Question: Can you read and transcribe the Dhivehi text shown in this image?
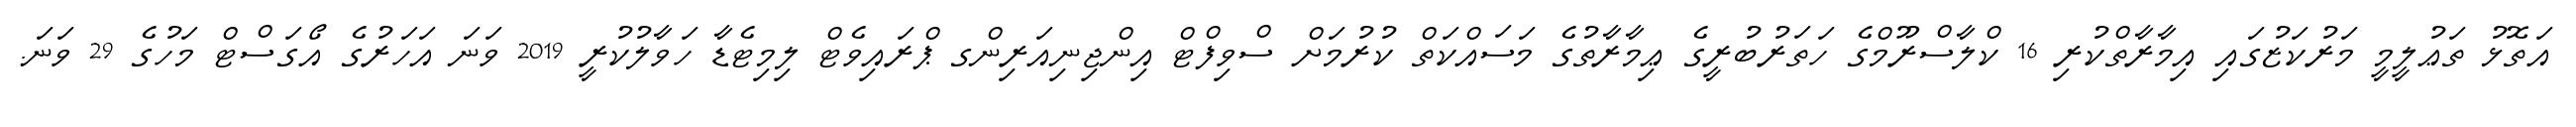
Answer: އަތޮޅު ތަޢުލީމީ މަރުކަޒުގައި އިމާރާތްކުރި 16 ކްލާސްރޫމްގެ ހަތަރުބުރީގެ ޢިމާރާތުގެ މަސައްކަތް ކުރުމަށް ސްވިފްޓް އިންޖިނިއަރިންގ ޕްރައިވެޓް ލިމިޓެޑާ ހަވާލުކުރީ 2019 ވަނަ އަހަރުގެ އޯގަސްޓް މަހުގެ 29 ވަނަ.